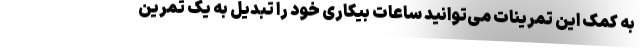
به کمک این تمرینات می‌توانید ساعات بیکاری خود را تبدیل به یک تمرین